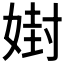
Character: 𪦇